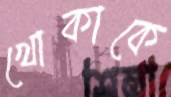
খোকাকে